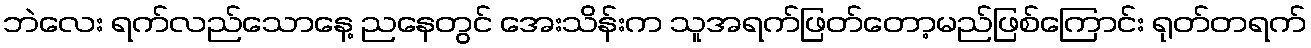
ဘဲလေး ရက်လည်သောနေ့ ညနေတွင် အေးသိန်းက သူအရက်ဖြတ်တော့မည်ဖြစ်ကြောင်း ရုတ်တရက်